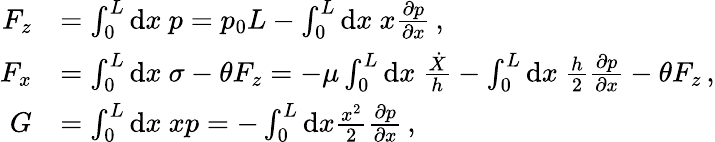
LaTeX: \begin{array}{rl}{F_{z}}&{=\int_{0}^{L}\mathrm{d}x\ p=p_{0}L-\int_{0}^{L}\mathrm{d}x\ x\frac{\partial p}{\partial x}\, ,}\\ {F_{x}}&{=\int_{0}^{L}\mathrm{d}x\ \sigma-\theta F_{z}=-\mu\int_{0}^{L}\mathrm{d}x\ \frac{\dot{X}}{h}-\int_{0}^{L}\mathrm{d}x\ \frac{h}{2}\frac{\partial p}{\partial x}-\theta F_{z}\, ,}\\ {G}&{=\int_{0}^{L}\mathrm{d}x\ xp=-\int_{0}^{L}\mathrm{d}x\frac{x^{2}}{2}\frac{\partial p}{\partial x}\, ,}\end{array}